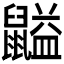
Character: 𪕶